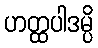
ဟတ္ထပါဒမ္ပိ